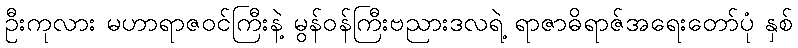
ဦးကုလား မဟာရာဇဝင်ကြီးနဲ့ မွန်ဝန်ကြီးဗညားဒလရဲ့ ရာဇာဓိရာဇ်အရေးတော်ပုံ နှစ်